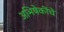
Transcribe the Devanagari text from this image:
अभिषेकींचे